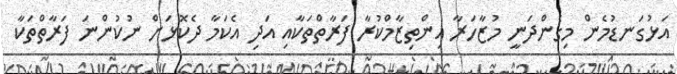
އަޅުގަނޑުމެން މިގެންދަނީ މުޒާހަރާ އިންތިޒާމްކުރާ ފަރާތްތަކާއި އަދި އެކަމާ ދެކޮޅަށް ނުކުންނަ ފަރާތްތަކާ